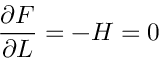
{ \frac { \partial { \cal { F } } } { \partial L } } = - { \cal { H } } = 0